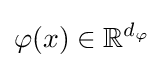
\varphi (x)\in \mathbb {R} ^{d_{\varphi }}